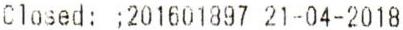
CLOSED: ;201601897 21-04-2018